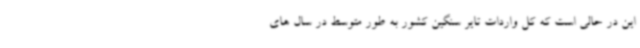
این در حالی است که کل واردات تایر سنگین کشور به طور متوسط در سال های